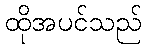
ထိုအပင်သည်